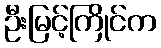
ဦးမြင့်ကြိုင်က